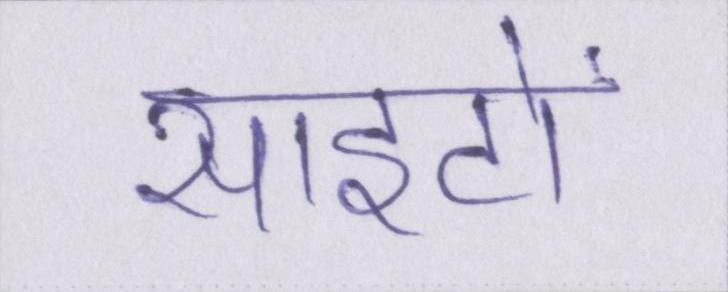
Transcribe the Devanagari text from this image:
साइटों